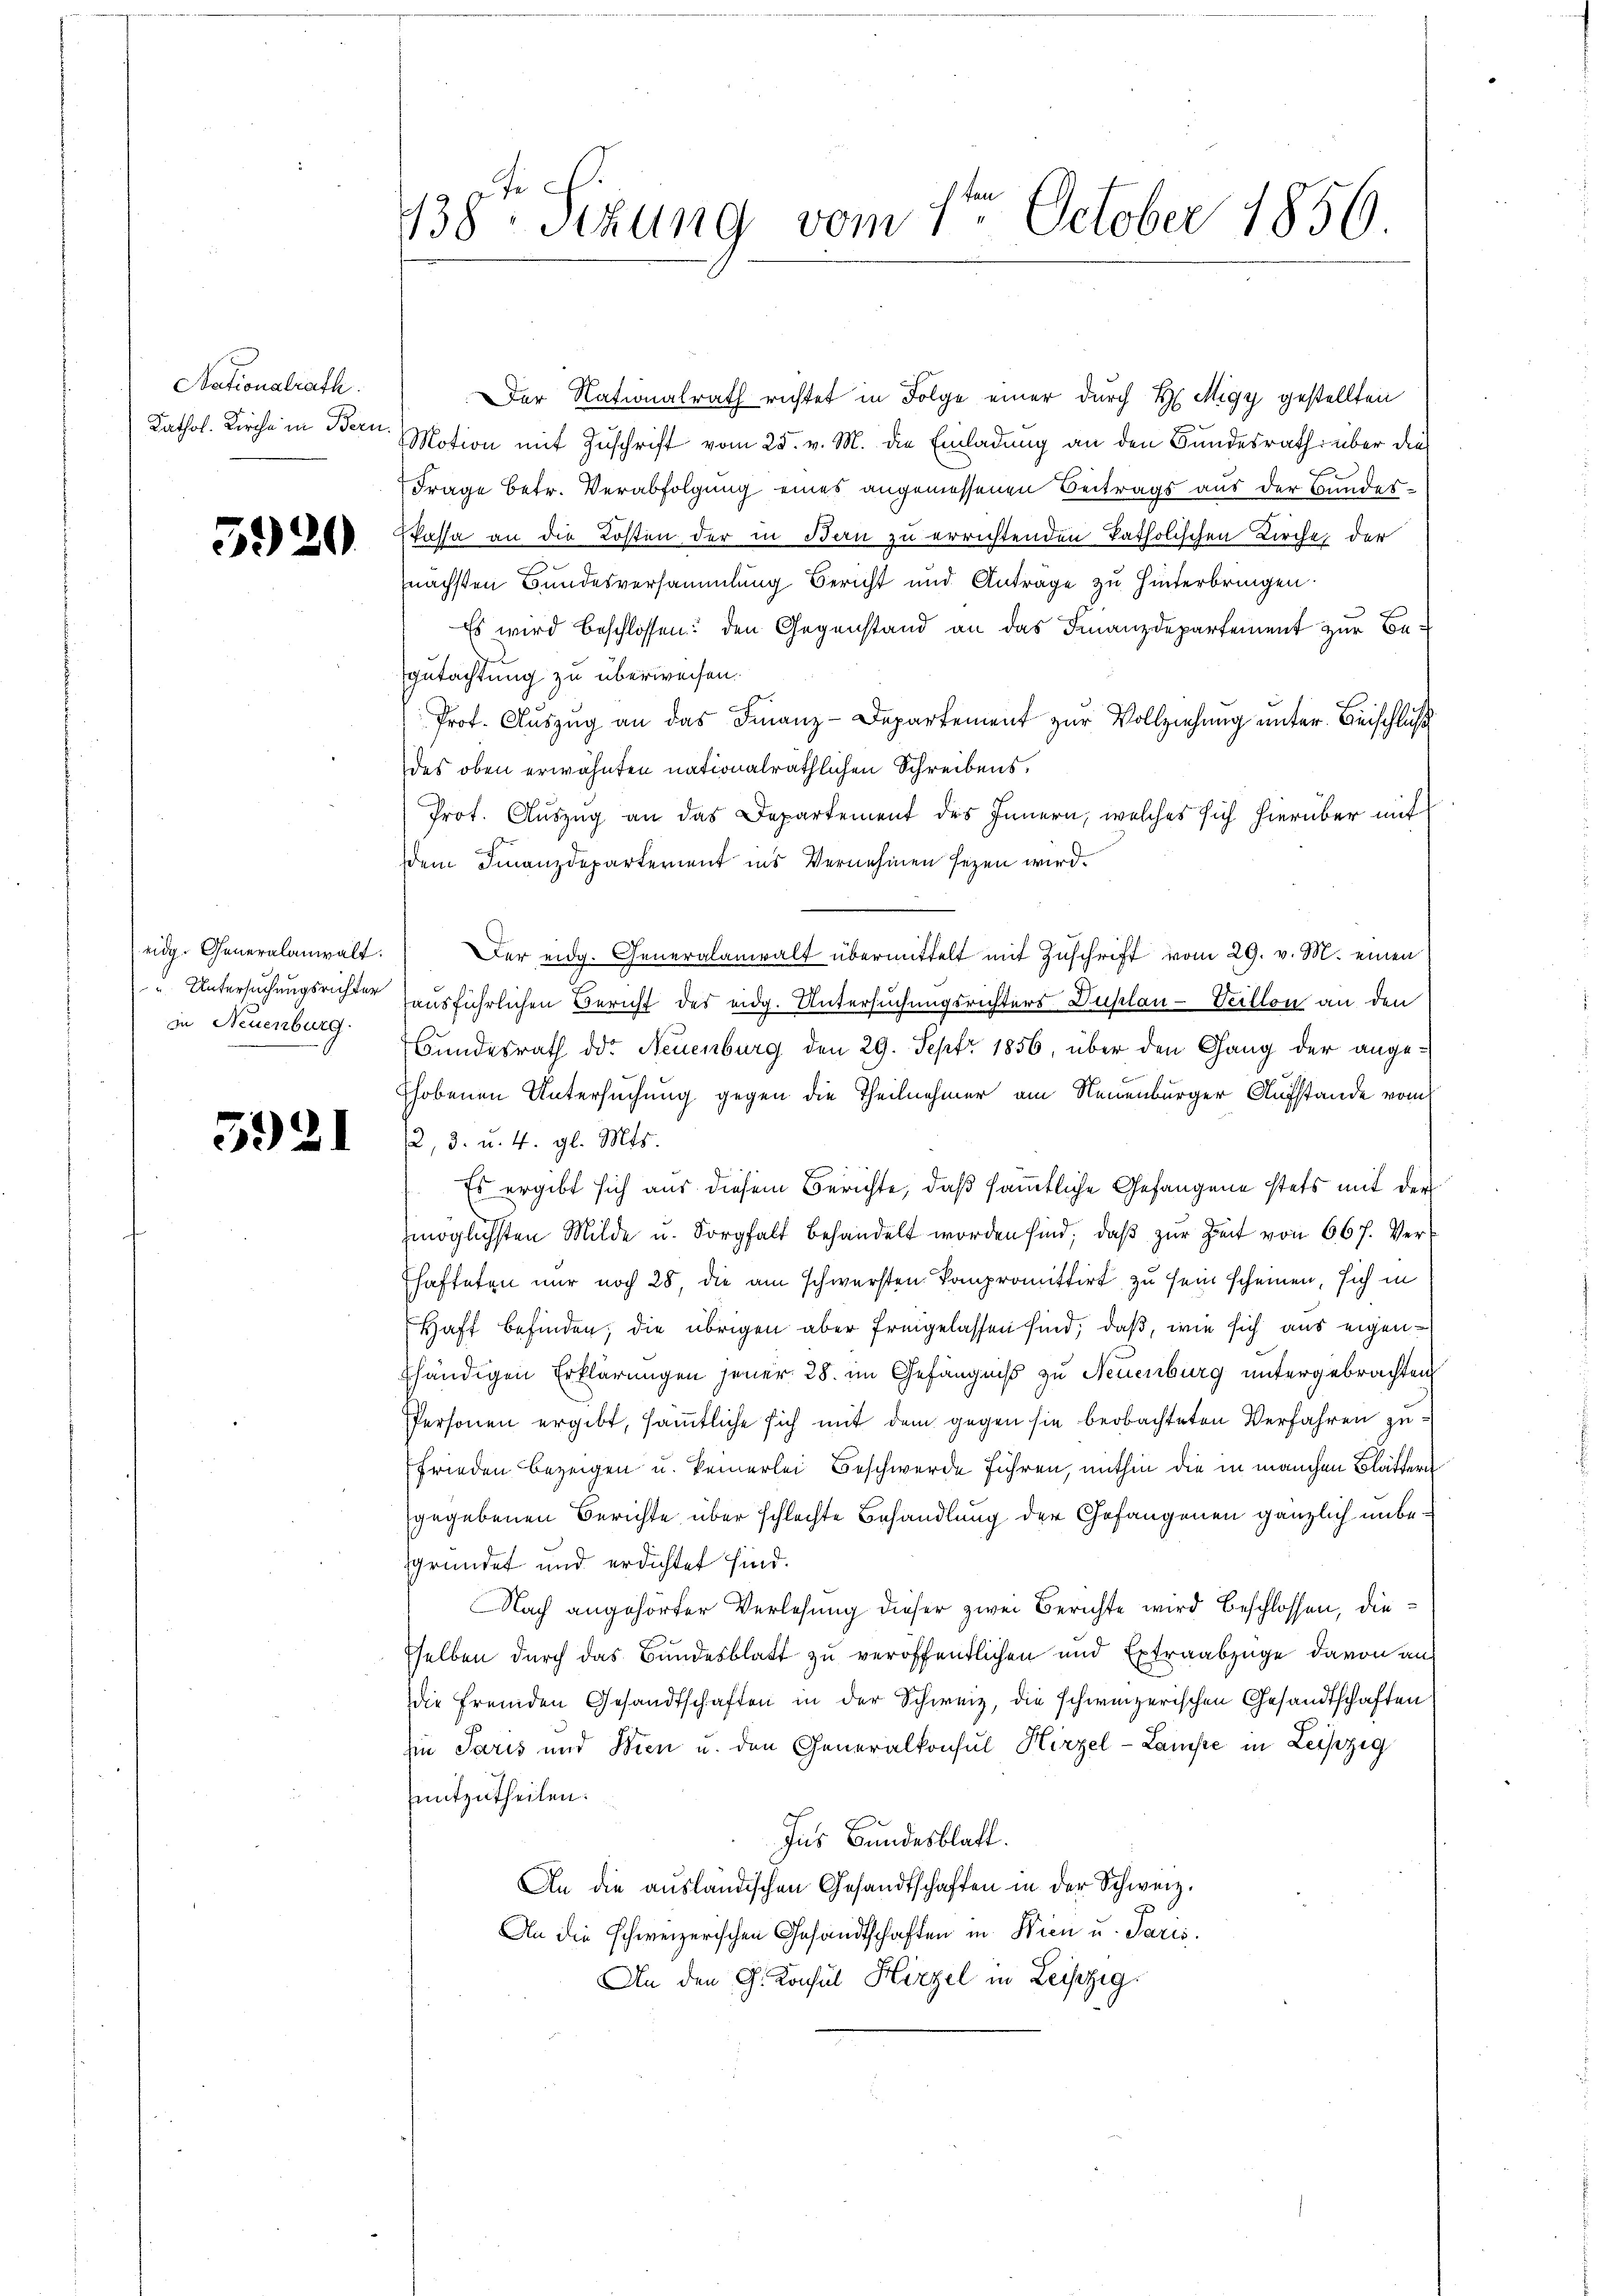
Nationalrath.

5920

eidg. Generalanwalt.
in Neuenburg

5921

138. Sezung vom 1te͇n October 1856.

Der Nationalrath richtet in Folge einer durch H Migy gestellten
Kathol. Kirche in Bern Motion mit Zuschrift vom 25. v. M. die Einladung an den Bundesrath über die
Frage betr. Verabfolgung eines angemessenen Beitrags aus der Bundes¬
Passa an die Kosten der in Bern zu errichtenden katholischen Kirche der
nächsten Bundesversammlung Bericht und Anträge zu hinterbringen.
Es wird beschlossen: den Gegenstand an das Finanzdepartement zur Begutachtung zu überweisen.
Prof. Auszug an das Finanz-Departement zur Vollziehung unter Beischluß
des oben erwähnten nationalräthlichen Schreibens¬
Prot. Auszug an das Departement des Innern, welches sich hierüber mit
dem Finanzdeparterient ins Vernehmen seyen wird.
Der eidg. Generalanwalt übermittelt mit Zuschrift vom 29. v. M. einen
Untersuchungsrichter ausführlichen Bericht des eidg. Untersuchungsrichters Duplan- Veillon an den
Bundesrath der Neuenburg den 29. Sept 1856, über den Gang der ange-
hobenen Untersuchung gegen die Theilnehmer am Neuenburger Aufstande vom
2, 3. u. 4. gl. Mts.
Es ergibt sich aus diesem Berichte, daß sämmtliche Gefangene stets mit der
möglichsten Milde u. Sorgfalt behandelt worden sind, daβ zŭr Zeit von 667. Ver-
hafteten nur noch 28, die am schwersten kompromittirt zu sein scheinen, sich in
Haft befinden, die übrigen aber freigelassen sind, daß, wie sich aus eigenfhändigen Erklärungen jener 28. im Gefängniß zu Neuenburg untergebrachten
PPersonen ergibt, sämmtliche sich mit dem gegen sie beobachteten Verfahren zu¬
Frieden bezeigen u. keinerlei Beschwerde führen, mithin die in manchen Blättern
gegebenen Berichte über schlechte Behandlung der Gefangenen gänzlich unbesgründet und erdichtet sind.
Nach angehörter Verlesung dieser zwei Berichte wird beschlossen, dieselben durch das Bundesblatt zu veröffentlichen und Extraabzüge davon an
die fremden Gesandtschaften in der Schweiz, die schweizerischen Gesandtschaften
sie Paris und Bien u. den Generalkonsul Hirzel-Lampe in Leipzig
mitzutheilen.
Ins Bundesblatt.
An die aŭsländischen Gesandtschaften in der Schweiz.
An die schweizerischen Gesandtschaften in Wien u. Paris.
An den G. Konsul Hirzel in Leipzig.